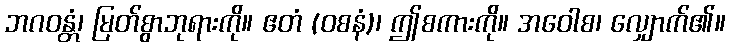
ဘဂဝန္တံ၊ မြတ်စွာဘုရားကို။ ဧတံ (ဝစနံ)၊ ဤစကားကို။ အဝေါစ၊ လျှောက်၏။